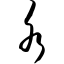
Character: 水